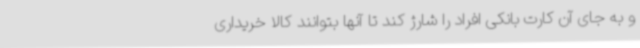
و به جای آن کارت بانکی افراد را شارژ کند تا آنها بتوانند کالا خریداری